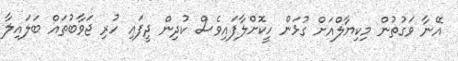
އޭނާ ވަގުތުން މިކިޔާލްއަށް ގުޅަން ހީކޮށްލާފައިވެސް ކުދިން ދީފައި ހުރި ޖަވާބުތައް ބަލައިލާ